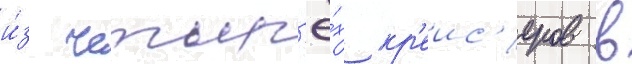
и́з четыр'ё́х кр'еис'еров в